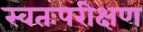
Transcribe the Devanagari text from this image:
स्वतःपरीक्षण